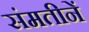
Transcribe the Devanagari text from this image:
संमतीनें